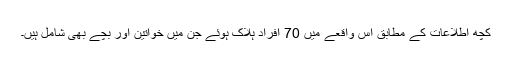
کچھ اطلاعات کے مطابق اس واقعے میں 70 افراد ہلاک ہوئے جن میں خواتین اور بچے بھی شامل ہیں۔